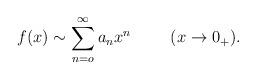
LaTeX: \begin{align*}f(x)\sim\sum _{n=o}^\infty a_n x^n \hspace{1cm} (x\rightarrow 0_+).\end{align*}